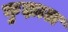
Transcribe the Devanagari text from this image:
कुझाल